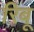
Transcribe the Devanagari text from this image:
रिबू